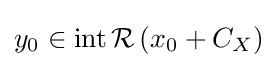
y_{0}\in \operatorname {int} {\mathcal {R}}\left(x_{0}+C_{X}\right)